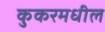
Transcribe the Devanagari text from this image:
कुकरमधील